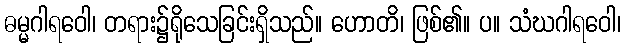
ဓမ္မဂါရဝေါ၊ တရား၌ရိုသေခြင်းရှိသည်။ ဟောတိ၊ ဖြစ်၏။ ပ။ သံဃဂါရဝေါ၊